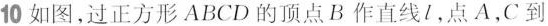
10 如图，过正方形ABCD的顶点B作直线l，点A，C到